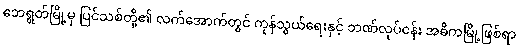
ဘေရွတ်မြို့မှ ပြင်သစ်တို့၏ လက်အောက်တွင် ကုန်သွယ်ရေးနှင့် ဘဏ်လုပ်ငန်း အဓိကမြို့ဖြစ်ရာ